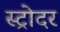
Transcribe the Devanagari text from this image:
स्ट्रोदर